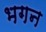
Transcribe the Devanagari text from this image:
भगन